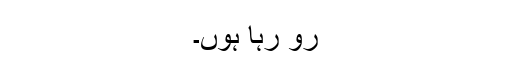
رو رہا ہُوں۔